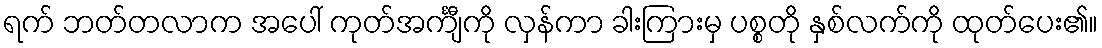
ရက် ဘတ်တလာက အပေါ် ကုတ်အင်္ကျီကို လှန်ကာ ခါးကြားမှ ပစ္စတို နှစ်လက်ကို ထုတ်ပေး၏။